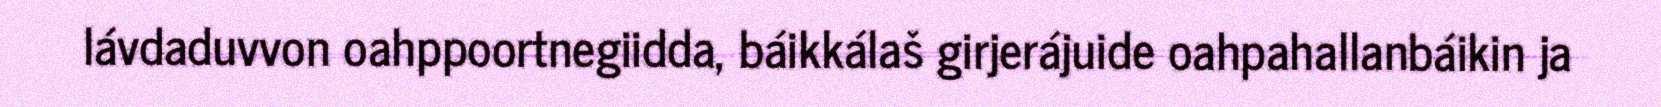
lávdaduvvon oahppoortnegiidda, báikkálaš girjerájuide oahpahallanbáikin ja